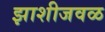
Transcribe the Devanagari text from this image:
झाशीजवळ